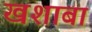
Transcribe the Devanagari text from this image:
खशाबा